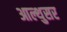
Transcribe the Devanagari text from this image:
आल्थुसर